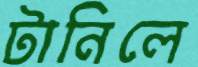
টানিলে